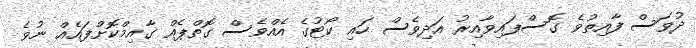
ދުވަސް ފާއިތުވެ ގޮސްފައިވާއިރު އަދިވެސް ހައި ކޯޓުގެ އެއްވެސް ގޮތްޕެއް ގާއިމްކޮށްފައެއް ނުވެ